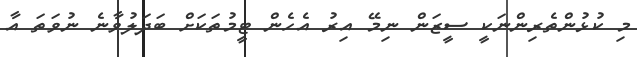
މި ކުޅުންތެރިންނަކީ ސީޒަން ނިމޭ އިރު އެހެން ޓީމުތަކަށް ބަދަލުވާނެ ނުވަތަ އާ